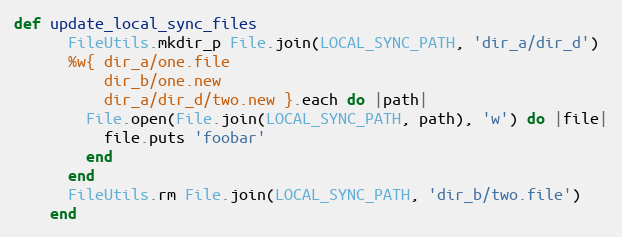
Language: Ruby
def update_local_sync_files
      FileUtils.mkdir_p File.join(LOCAL_SYNC_PATH, 'dir_a/dir_d')
      %w{ dir_a/one.file
          dir_b/one.new
          dir_a/dir_d/two.new }.each do |path|
        File.open(File.join(LOCAL_SYNC_PATH, path), 'w') do |file|
          file.puts 'foobar'
        end
      end
      FileUtils.rm File.join(LOCAL_SYNC_PATH, 'dir_b/two.file')
    end